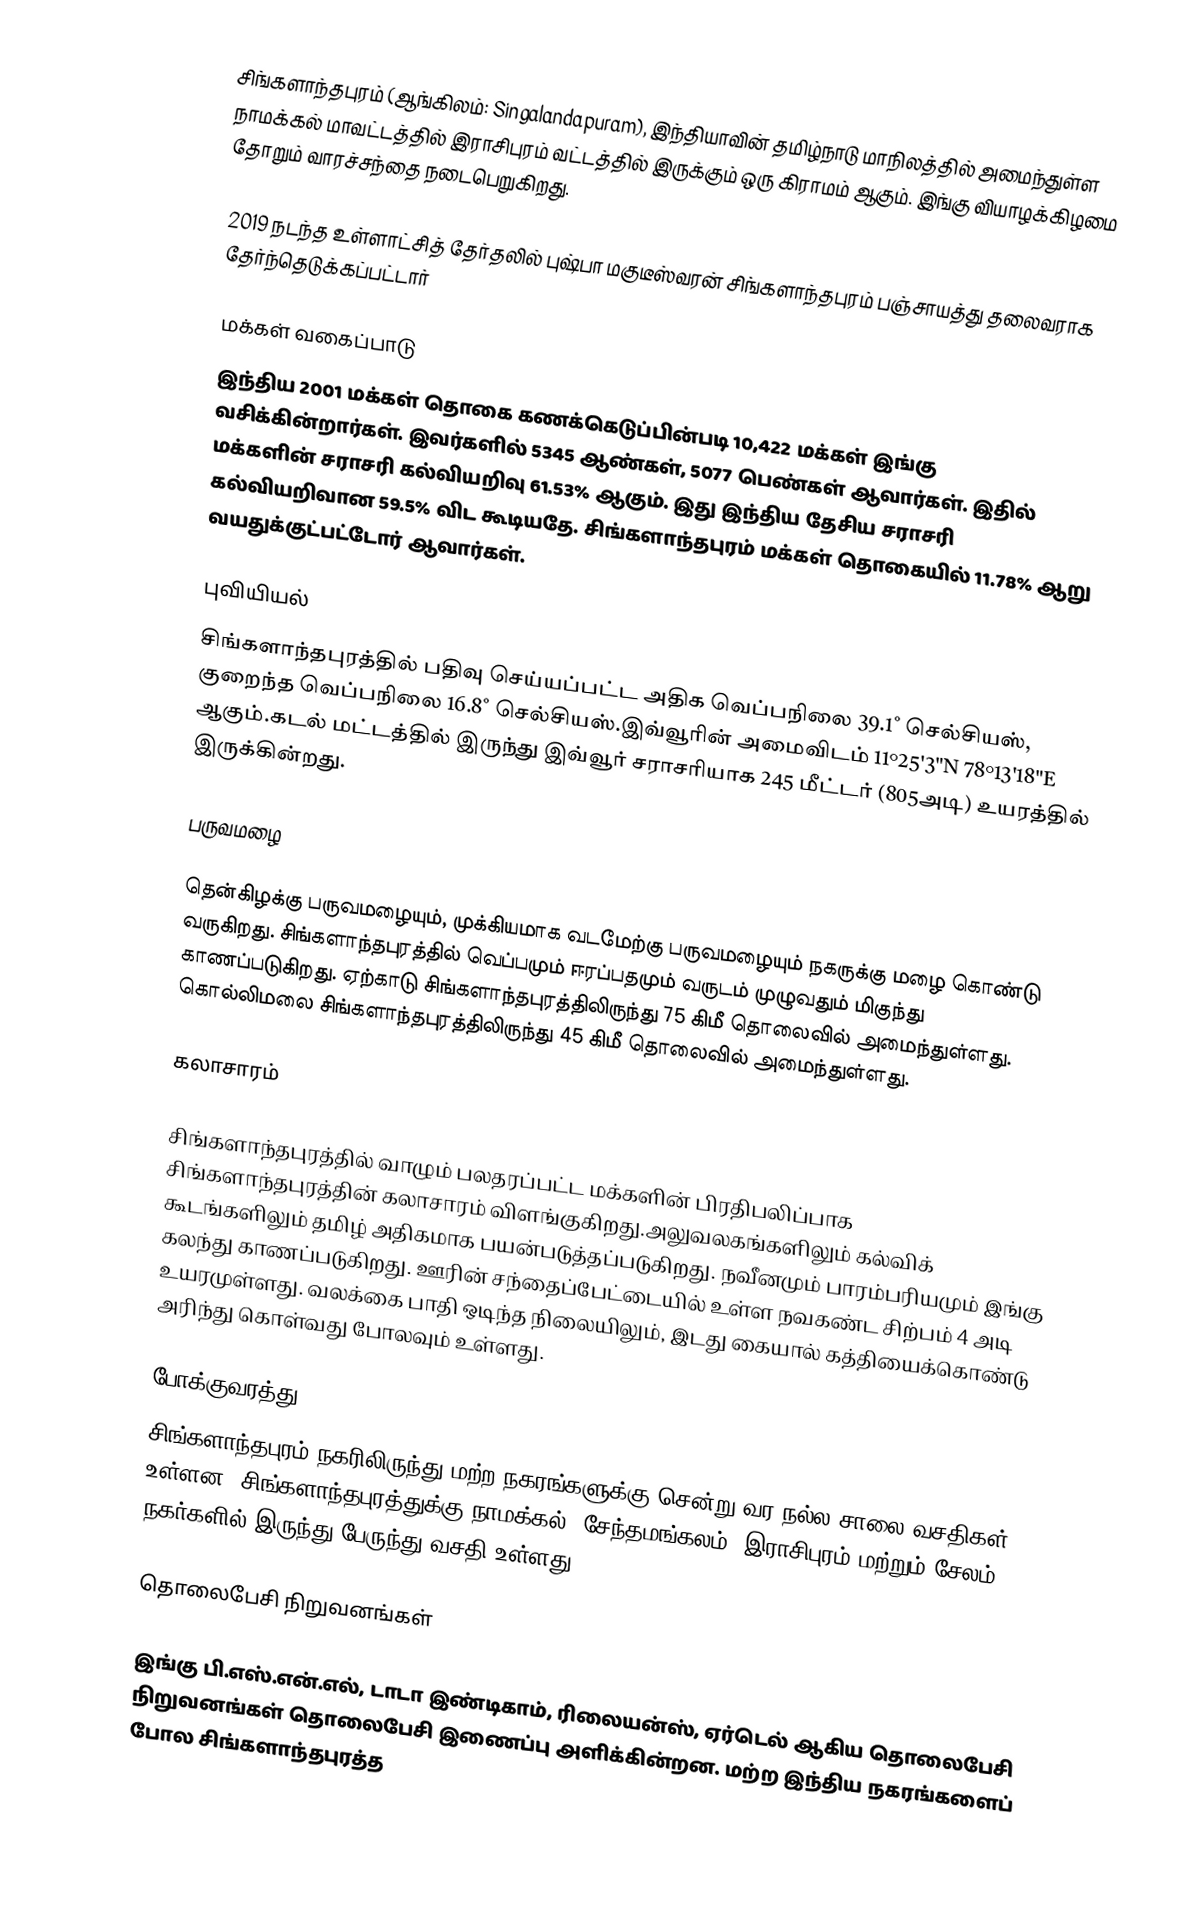
சிங்களாந்தபுரம் (ஆங்கிலம்: Singalandapuram), இந்தியாவின் தமிழ்நாடு மாநிலத்தில் அமைந்துள்ள நாமக்கல் மாவட்டத்தில்  இராசிபுரம் வட்டத்தில் இருக்கும்  ஒரு கிராமம் ஆகும். இங்கு வியாழக்கிழமை தோறும் வாரச்சந்தை நடைபெறுகிறது.

2019 நடந்த உள்ளாட்சித் தேர்தலில் புஷ்பா மகுடீஸ்வரன் சிங்களாந்தபுரம் பஞ்சாயத்து தலைவராக தேர்ந்தெடுக்கப்பட்டார்

மக்கள் வகைப்பாடு
இந்திய 2001 மக்கள் தொகை கணக்கெடுப்பின்படி 10,422 மக்கள் இங்கு வசிக்கின்றார்கள்.  இவர்களில் 5345 ஆண்கள், 5077 பெண்கள் ஆவார்கள். இதில் மக்களின் சராசரி கல்வியறிவு 61.53% ஆகும்.   இது இந்திய தேசிய சராசரி கல்வியறிவான 59.5% விட கூடியதே. சிங்களாந்தபுரம் மக்கள் தொகையில் 11.78% ஆறு வயதுக்குட்பட்டோர் ஆவார்கள்.

புவியியல்
சிங்களாந்தபுரத்தில்  பதிவு செய்யப்பட்ட அதிக வெப்பநிலை 39.1˚ செல்சியஸ், குறைந்த வெப்பநிலை 16.8˚ செல்சியஸ்.இவ்வூரின் அமைவிடம் 11°25'3"N   78°13'18"E  ஆகும்.கடல் மட்டத்தில் இருந்து இவ்வூர் சராசரியாக 245 மீட்டர் (805அடி) உயரத்தில் இருக்கின்றது.

பருவமழை

தென்கிழக்கு பருவமழையும், முக்கியமாக வடமேற்கு பருவமழையும் நகருக்கு மழை கொண்டு வருகிறது. சிங்களாந்தபுரத்தில் வெப்பமும் ஈரப்பதமும் வருடம் முழுவதும் மிகுந்து காணப்படுகிறது. ஏற்காடு சிங்களாந்தபுரத்திலிருந்து 75 கிமீ தொலைவில் அமைந்துள்ளது. கொல்லிமலை சிங்களாந்தபுரத்திலிருந்து 45 கிமீ தொலைவில் அமைந்துள்ளது.

கலாசாரம்

சிங்களாந்தபுரத்தில் வாழும் பலதரப்பட்ட மக்களின் பிரதிபலிப்பாக சிங்களாந்தபுரத்தின் கலாசாரம் விளங்குகிறது.அலுவலகங்களிலும் கல்விக் கூடங்களிலும் தமிழ் அதிகமாக பயன்படுத்தப்படுகிறது. நவீனமும் பாரம்பரியமும் இங்கு கலந்து காணப்படுகிறது. ஊரின் சந்தைப்பேட்டையில் உள்ள நவகண்ட சிற்பம் 4 அடி உயரமுள்ளது. வலக்கை பாதி ஒடிந்த நிலையிலும், இடது கையால் கத்தியைக்கொண்டு அரிந்து கொள்வது போலவும் உள்ளது.

போக்குவரத்து
சிங்களாந்தபுரம் நகரிலிருந்து மற்ற நகரங்களுக்கு சென்று வர நல்ல சாலை வசதிகள் உள்ளன. சிங்களாந்தபுரத்துக்கு நாமக்கல், சேந்தமங்கலம், இராசிபுரம் மற்றும் சேலம் நகர்களில் இருந்து பேருந்து வசதி உள்ளது

தொலைபேசி நிறுவனங்கள்

இங்கு பி.எஸ்.என்.எல், டாடா இண்டிகாம், ரிலையன்ஸ், ஏர்டெல் ஆகிய தொலைபேசி நிறுவனங்கள் தொலைபேசி இணைப்பு அளிக்கின்றன. மற்ற இந்திய நகரங்களைப் போல சிங்களாந்தபுரத்த